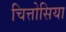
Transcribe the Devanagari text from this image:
चित्तोसिया